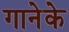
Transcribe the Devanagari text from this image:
गानेके